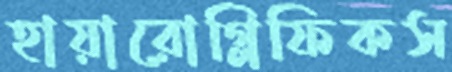
হায়ারোগ্লিফিকস